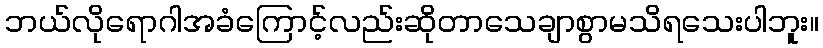
ဘယ်လိုရောဂါအခံကြောင့်လည်းဆိုတာသေချာစွာမသိရသေးပါဘူး။